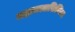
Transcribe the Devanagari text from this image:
महाकालसिन्धिया